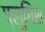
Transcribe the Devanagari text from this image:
प्लुगिंस